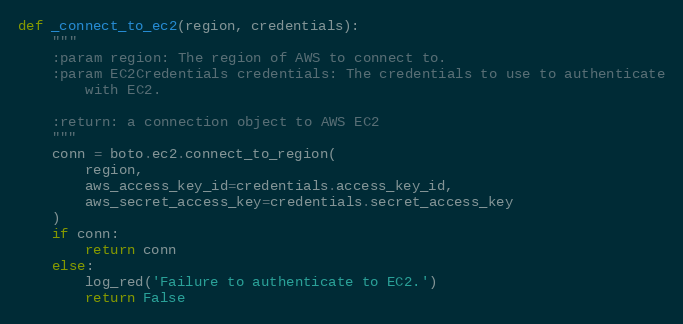
Language: Python
def _connect_to_ec2(region, credentials):
    """
    :param region: The region of AWS to connect to.
    :param EC2Credentials credentials: The credentials to use to authenticate
        with EC2.

    :return: a connection object to AWS EC2
    """
    conn = boto.ec2.connect_to_region(
        region,
        aws_access_key_id=credentials.access_key_id,
        aws_secret_access_key=credentials.secret_access_key
    )
    if conn:
        return conn
    else:
        log_red('Failure to authenticate to EC2.')
        return False